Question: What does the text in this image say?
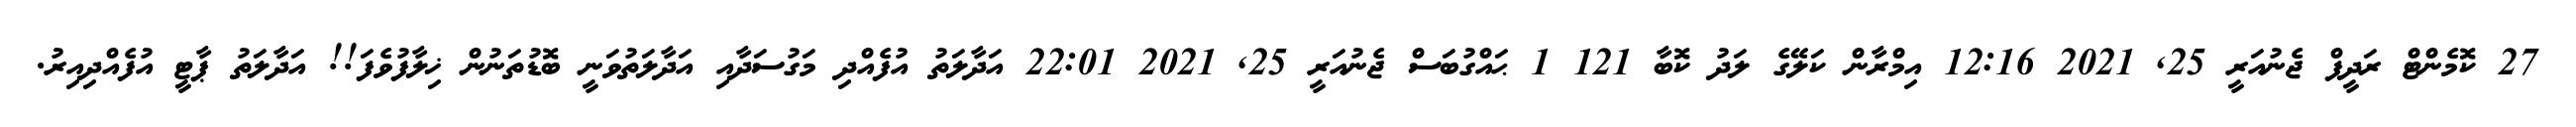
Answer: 27 ކޮމެންޓް ރަދީފް ޖެނުއަރީ 25, 2021 12:16 އިމްރާން ކަލޭގެ ލަދު ކޮބާ 121 1 ޙައްގުބަސް ޖެނުއަރީ 25, 2021 22:01 އަދާލަތު އުފެއްދި މަގުސަދާއި އަދާލަތުވަނީ ބޮޑުތަނުން ޚިލާފުވެފަ!! އަދާލަތު ޕާޓީ އުފެއްދިއިރު.